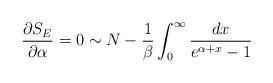
LaTeX: \begin{align*}{}\frac{\partial S_E}{\partial \alpha} = 0 \sim N - \frac{1}{\beta} \int_{0}^{\infty} \frac{dx}{e^{\alpha+x}-1} \end{align*}